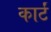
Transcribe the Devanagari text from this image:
कार्टं